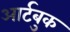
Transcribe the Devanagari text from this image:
आर्टबुक